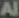
Al